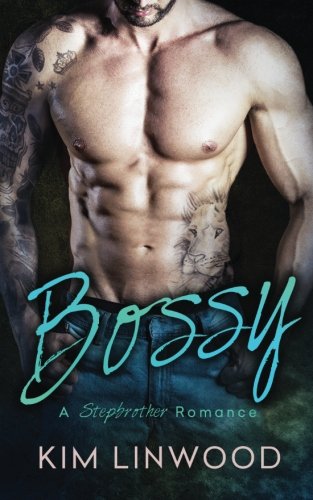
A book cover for Bossy: A Stepbrother Romance; Kim Linwood; Romance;